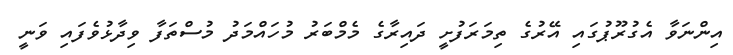
އިންނަވާ އެގުރޫޕުގައި އޭރުގެ ތިމަރަފުށީ ދައިރާގެ މެމްބަރު މުހައްމަދު މުސްތަފާ ވިދާޅުވެފައި ވަނީ